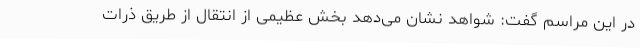
در این مراسم گفت: شواهد نشان می‌دهد بخش عظیمی از انتقال از طریق ذرات